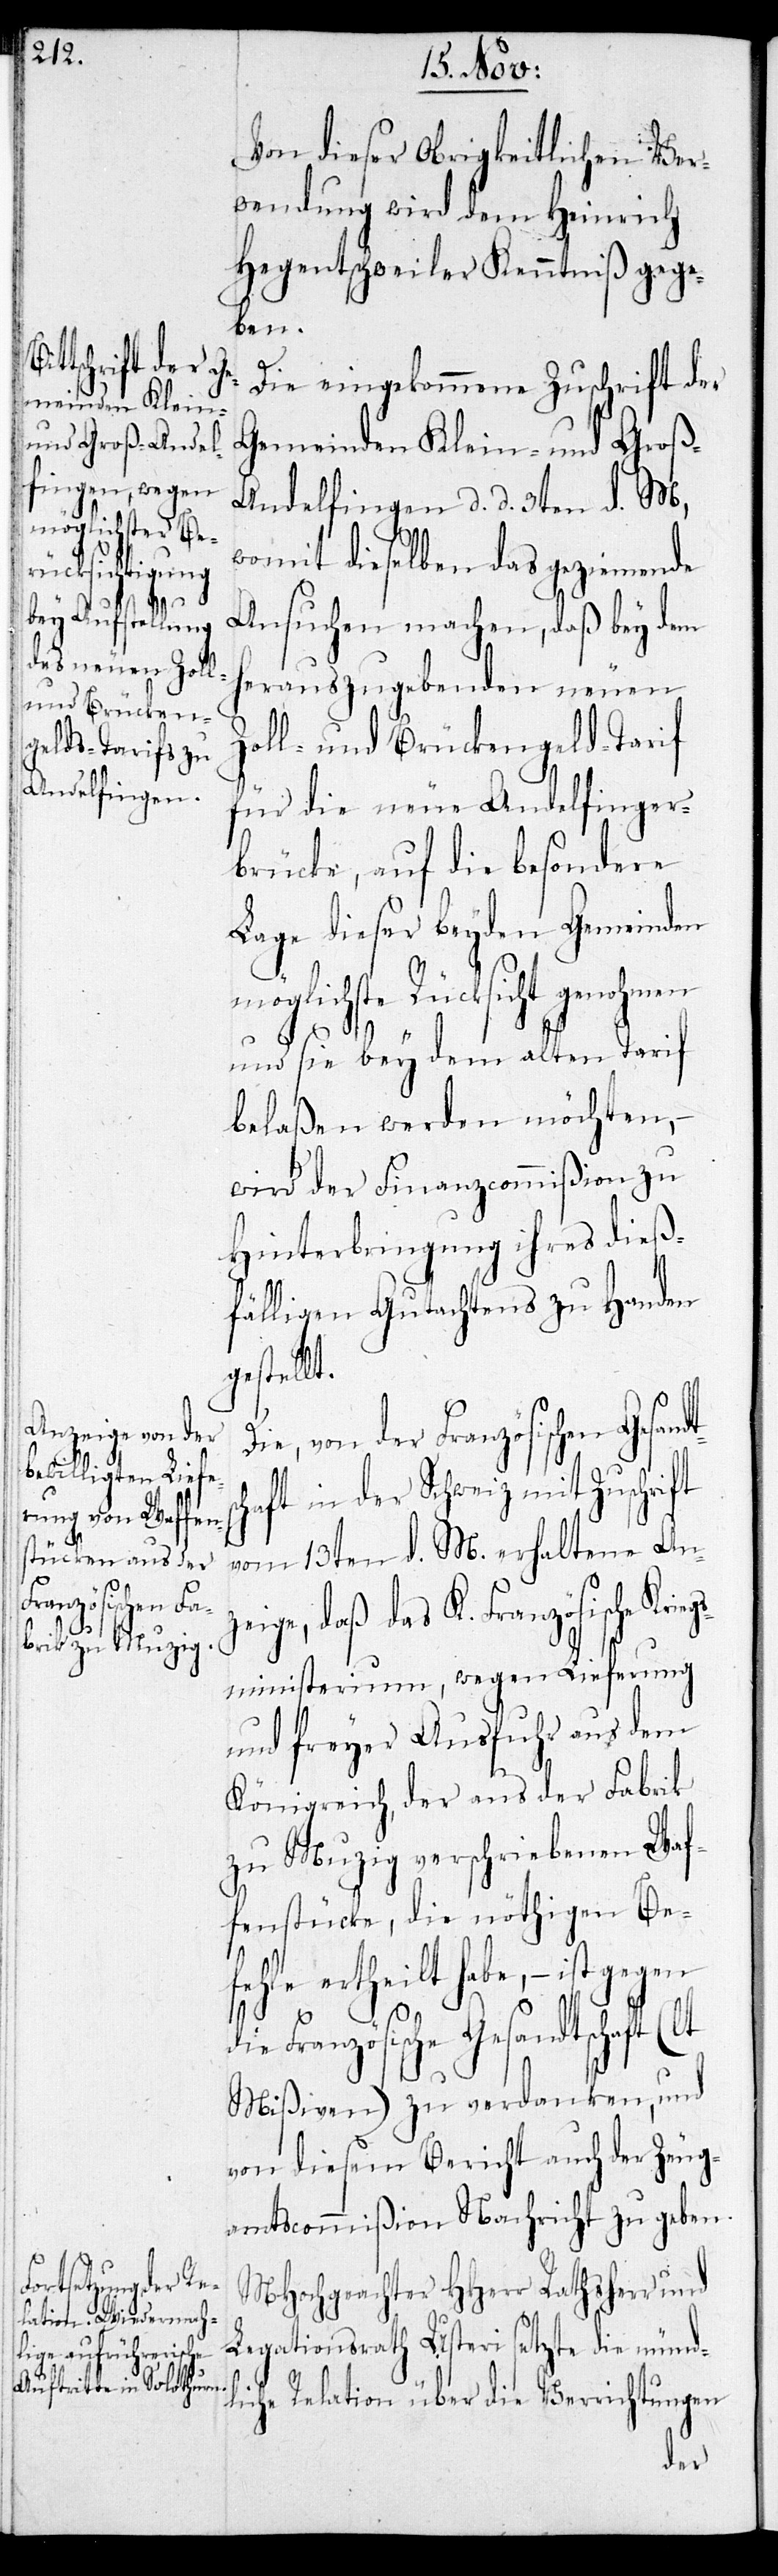
die
Kriegs¬

Von dieser Obrigkeitlichen Ver¬
wendung wird dem Heinrich
Hegentschweiler Kenntniß gege¬
ben.
Die eingekommene Zuschrift der
Gemeinden Klein- und Groß-A¬
ndelfingen d. d. 3ten d. M.,
womit dieselben das geziemende
Ansuchen machen, daß bey dem
herauszugebenden neuen
Zoll- und Brückengeld-Tarif
für die neue Andelfinger¬
brücke, auf die besondere
Lage dieser beyden Gemeinden
möglichste Rücksicht genohm¬
und sie bey dem alten Tarif
belaßen werden möchten,
wird der Finanzcommißion zu
Hinterbringung ihres dieß¬
fälligen Gutachtens zu Handen
estellt.
Die, von der Französischen Gesan¬
haft in der Schweiz mit Zuschrift
vom 13ten d. M. erhaltene Anz¬
eige, daß das K. Französische
ministerium, wegen Lieferung
und freyer Ausfuhr aus dem
Königreich der aus der Fabrik
zu Mutzig verschriebenen Waf¬
fenstücke, die nöthigen Be¬
fehle ertheilt habe, – ist gegen
Französische Gesandtschaft
Mißivien) zu verdanken, und
von diesem Bericht auch der Zeug¬
amtscommißion Nachricht zu geben.
MHochgeachter HHerr Rathsherr und
Legationsrath Usteri setzte die münd¬
liche Relation über die Verrichtungen